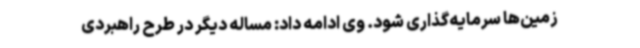
زمین‌ها سرمایه‌گذاری شود. وی ادامه داد: مساله دیگر در طرح راهبردی